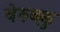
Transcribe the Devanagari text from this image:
वेरुक्कु